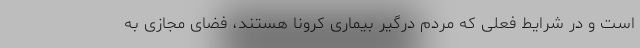
است و در شرایط فعلی که مردم درگیر بیماری کرونا هستند، فضای مجازی به